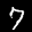
Label: 7